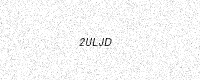
Text: 2ULJD